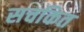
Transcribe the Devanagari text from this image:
सचकित